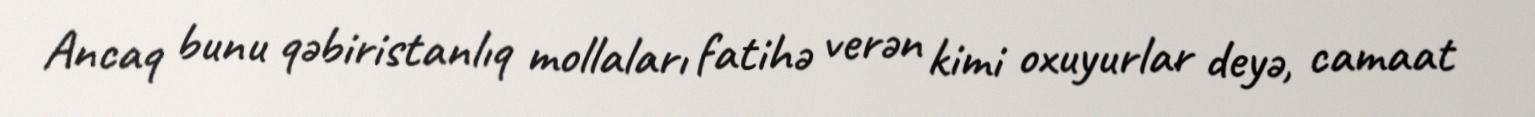
Ancaq bunu qəbiristanlıq mollaları fatihə verən kimi oxuyurlar deyə, camaat